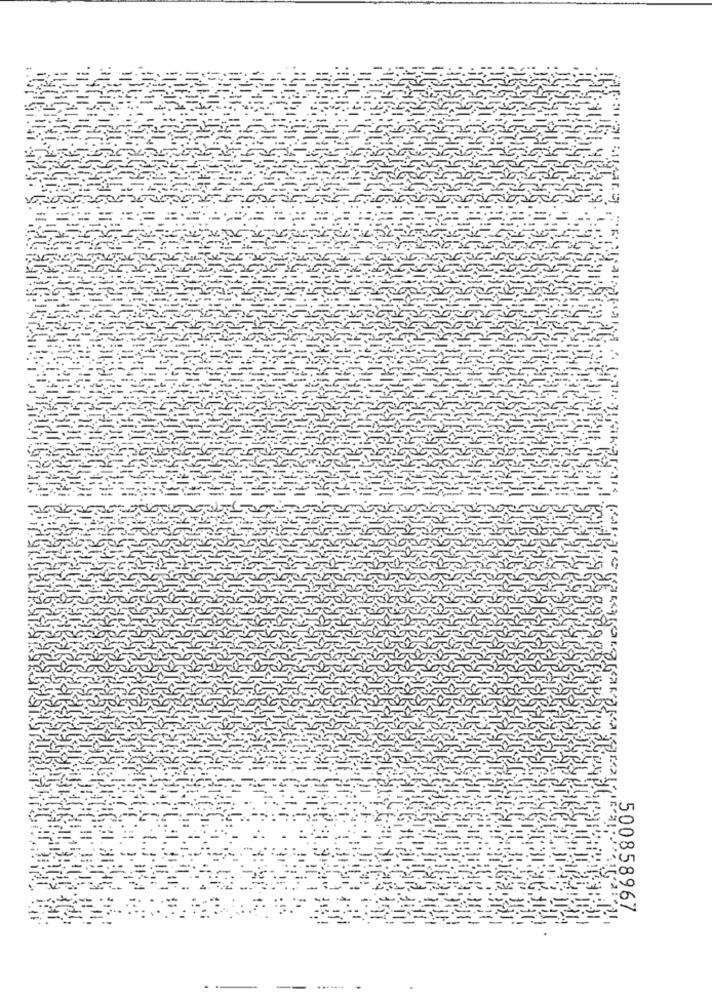
500858967
.......